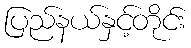
ပြည်နယ်နှင့်တိုင်း